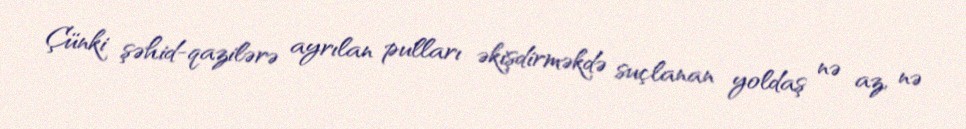
Çünki şəhid-qazilərə ayrılan pulları əkişdirməkdə suçlanan yoldaş nə az, nə